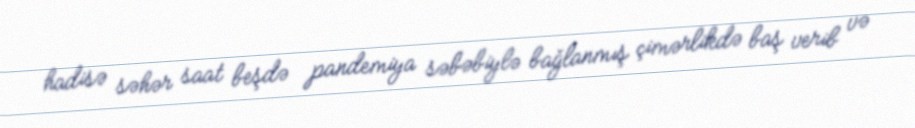
hadisə səhər saat beşdə pandemiya səbəbiylə bağlanmış çimərlikdə baş verib və